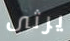
يرثى